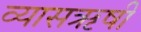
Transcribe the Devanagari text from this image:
व्यासऋषी